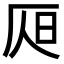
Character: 𣅦